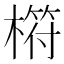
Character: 𣘧